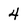
Character: 4